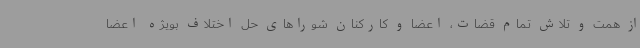
از همت و تلاش تمام قضات، اعضا و کارکنان شوراهای حل اختلاف بویژه اعضا